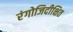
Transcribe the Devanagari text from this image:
रंगोजिदीक्षित